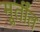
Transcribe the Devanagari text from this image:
मूर्तींत